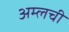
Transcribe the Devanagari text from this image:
अम्लची